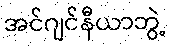
အင်ဂျင်နီယာဘွဲ့